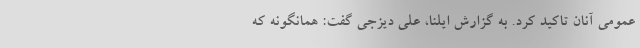
عمومی آنان تاکید کرد. به گزارش ایلنا، علی دیزجی گفت: همانگونه که